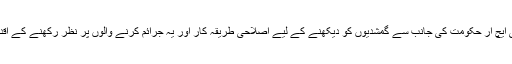
انہوں نے کہا کہ این سی ایچ آر حکومت کی جانب سے گمشدیوں کو دیکھنے کے لیے اصلاحی طریقہ کار اور یہ جرائم کرنے والوں پر نظر رکھنے کے اقدام کی حمایت کرے گی۔